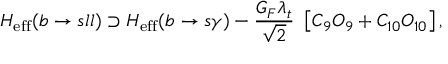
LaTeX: H _ { \mathrm { e f f } } ( b \rightarrow s l l ) \supset H _ { \mathrm { e f f } } ( b \rightarrow s \gamma ) - { \frac { G _ { F } \lambda _ { t } } { \sqrt { 2 } } } ~ \left[ C _ { 9 } O _ { 9 } + C _ { 1 0 } O _ { 1 0 } \right] ,